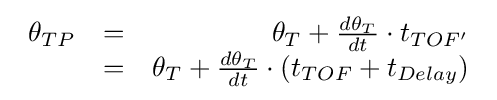
{\begin{array}{lcr}\theta _{TP}&=&\theta _{T}+{\frac {d\theta _{T}}{dt}}\cdot t_{TOF'}\\&=&\theta _{T}+{\frac {d\theta _{T}}{dt}}\cdot \left(t_{TOF}+t_{Delay}\right)\\\end{array}}